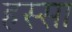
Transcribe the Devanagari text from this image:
हस्सा